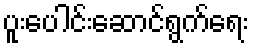
ပူးပေါင်းဆောင်ရွက်ရေး